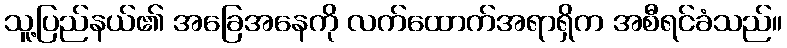
သူ့ပြည်နယ်၏ အခြေအနေကို လက်ထောက်အရာရှိက အစီရင်ခံသည်။